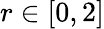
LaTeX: r\in[0,2]